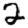
Digit: 2